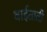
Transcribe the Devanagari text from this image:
वाईताती